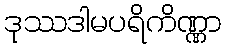
ဒုဿဒါမပရိကိဏ္ဏာ